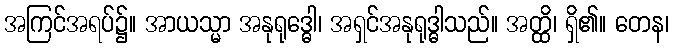
အကြင်အရပ်၌။ အာယသ္မာ အနုရုဒ္ဓေါ၊ အရှင်အနုရုဒ္ဓါသည်။ အတ္ထိ၊ ရှိ၏။ တေန၊